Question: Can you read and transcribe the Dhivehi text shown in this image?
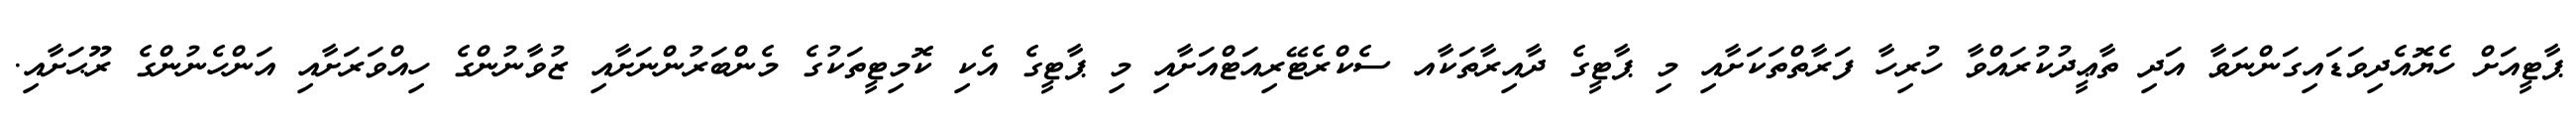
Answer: ޕާޓީއަށް ހެޔޮއެދިވަޑައިގަންނަވާ އަދި ތާޢީދުކުރައްވާ ހުރިހާ ފަރާތްތަކަށާއި މި ޕާޓީގެ ދާއިރާތަކާއ ސެކްރެޓޭރިއަޓްއަށާއި މި ޕާޓީގެ އެކި ކޮމިޓީތަކުގެ މެންބަރުންނަށާއި ޒުވާނުންގެ ހިއްވަރަށާއި އަންހެނުންގެ ރޫޙަށާއި.